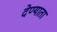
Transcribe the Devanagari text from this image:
देण्याता